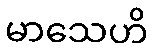
မာသေဟိ